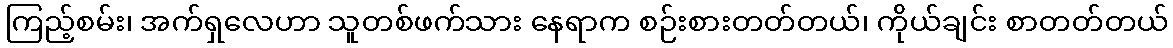
ကြည့်စမ်း၊ အက်ရှလေဟာ သူတစ်ဖက်သား နေရာက စဉ်းစားတတ်တယ်၊ ကိုယ်ချင်း စာတတ်တယ်